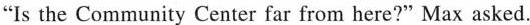
"Is the Community Center far from here?" Max asked.